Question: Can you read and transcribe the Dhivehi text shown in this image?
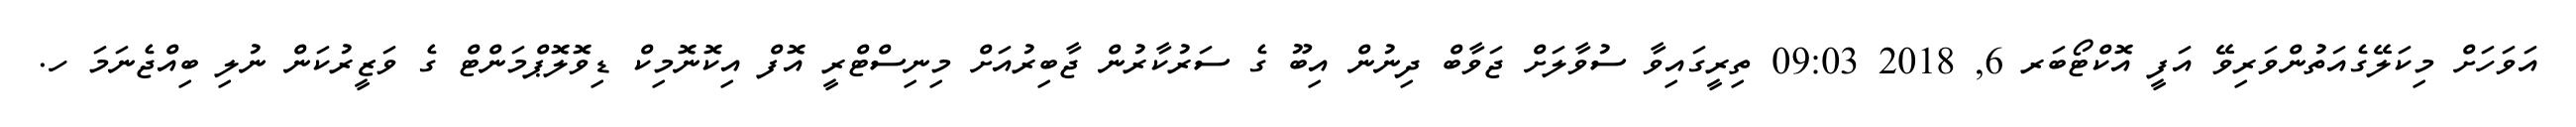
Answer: އަވަހަށް މިކަލޭގެއަތުންވަރިވޭ އަފީ އޮކްޓޯބަރ 6, 2018 09:03 ތިރީގައިވާ ސުވާލަށް ޖަވާބް ދިނުން އިބޫ ގެ ސަރުކާރުން ޖާބިރުއަށް މިނިސްޓްރީ އޮފް އިކޮނޮމިކް ޑިވޮލޮޕްމަންޓް ގެ ވަޒީރުކަން ނުލި ބިއްޖެނަމަ ހ.